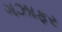
ગઝાફર